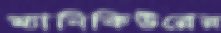
ম্যানিকিউরের